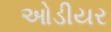
ઓડીયર